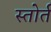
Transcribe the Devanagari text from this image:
स्तोर्त